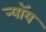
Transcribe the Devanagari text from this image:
न्यॉय